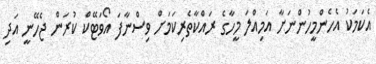
އެކަމަކު އެހެންމީހުންނަށާ އަމިއްލަ މީހާގެ ރައްކާތެރިކަމަށް ވިސްނާފަ އޯވަޓޭކް ކުރަން ޖެހޭނީ އަދި